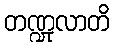
တဏ္ဍုလာတိ